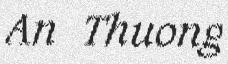
An Thuong